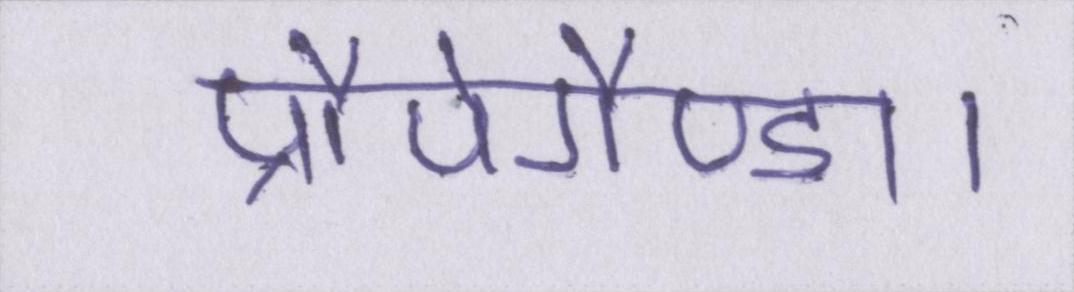
प्रौपेगैण्डा।